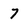
Character: 7